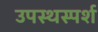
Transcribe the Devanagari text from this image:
उपस्थस्पर्श